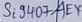
Text: Si9407AEY